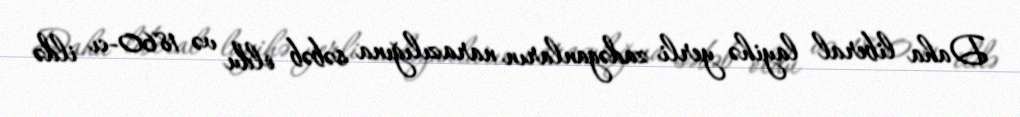
Daha liberal layihə yerli zadəganların narazılığına səbəb oldu və 1860-cı ildə